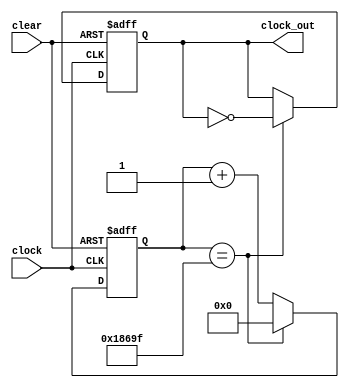
`timescale 1ns / 1ps
//////////////////////////////////////////////////////////////////////////////////
// Company: 
// Engineer: 
// 
// Design Name: 
// Module Name: clock_divider
// Project Name: 
// Target Devices: 
// Tool Versions: 
// Description: 
// 
// Dependencies: 
// 
// Revision:
// Revision 0.01 - File Created
// Additional Comments:
// 
//////////////////////////////////////////////////////////////////////////////////


module clock_divider(clock,clear,clock_out);
input clock,clear;
output clock_out;
reg [17:0] count;
reg clock_out;
parameter N = 200000;
always @(posedge clock or posedge clear)
if(clear ==1)
    begin 
       count <=0;
       clock_out <= 0;
    end
else
    begin
        if(count ==N/2-1)
            begin
                clock_out <= ~clock_out;
                count <=0;
            end 
        else
            count <=count+1;
end
endmodule